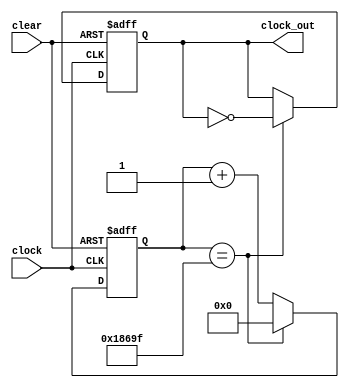
`timescale 1ns / 1ps
//////////////////////////////////////////////////////////////////////////////////
// Company: 
// Engineer: 
// 
// Design Name: 
// Module Name: clock_divider
// Project Name: 
// Target Devices: 
// Tool Versions: 
// Description: 
// 
// Dependencies: 
// 
// Revision:
// Revision 0.01 - File Created
// Additional Comments:
// 
//////////////////////////////////////////////////////////////////////////////////


module clock_divider(clock,clear,clock_out);
input clock,clear;
output clock_out;
reg [17:0] count;
reg clock_out;
parameter N = 200000;
always @(posedge clock or posedge clear)
if(clear ==1)
    begin 
       count <=0;
       clock_out <= 0;
    end
else
    begin
        if(count ==N/2-1)
            begin
                clock_out <= ~clock_out;
                count <=0;
            end 
        else
            count <=count+1;
end
endmodule